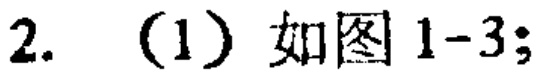
2. (1) 如图1-3;